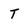
Character: T